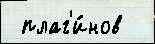
 плаг'и́нов